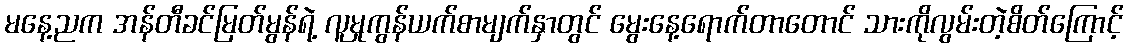
မနေ့ညက အန်တီခင်မြတ်မွန်ရဲ့ လူမှုကွန်ယက်စာမျက်နှာတွင် မွေးနေ့ရောက်တာတောင် သားကိုလွမ်းတဲ့စိတ်ကြောင့်